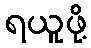
ရယူဖို့